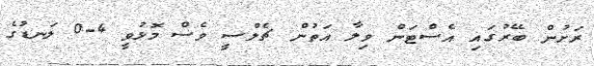
ރަށުން ބޭރުގައި އެސްޓަން ވިލާ އަތުން ޗެލްސީ ވެސް މޮޅުވީ 4-0 ލަނޑުގެ